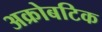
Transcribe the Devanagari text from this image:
अक्रोबटिक